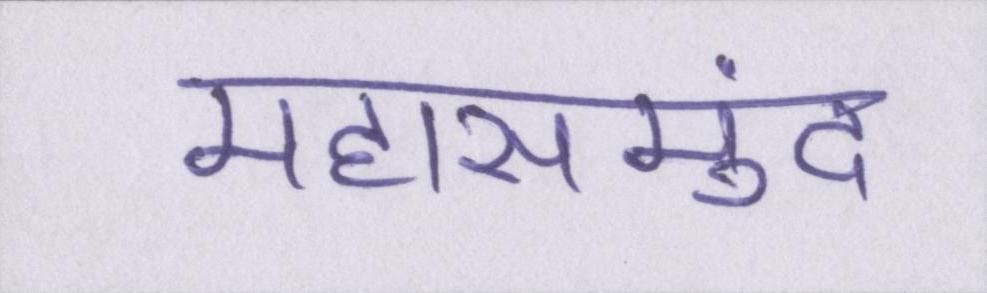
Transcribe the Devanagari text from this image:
महासमुंद